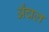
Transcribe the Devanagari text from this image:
अँचल